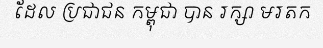
ដែល ប្រជាជន កម្ពុជា បាន រក្សា មរតក